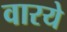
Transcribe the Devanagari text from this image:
वारये